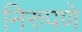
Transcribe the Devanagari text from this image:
निरुपणे